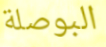
البوصلة